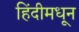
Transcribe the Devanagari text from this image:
हिंदीमधून